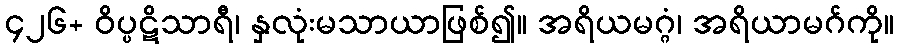
၄၂၆+ ဝိပ္ပဋိသာရီ၊ နှလုံးမသာယာဖြစ်၍။ အရိယမဂ္ဂံ၊ အရိယာမဂ်ကို။